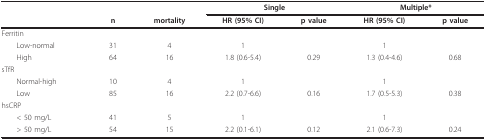
|  |  |  | <COLSPAN=2> Single | <COLSPAN=2> Multiple* |
 |  | n | mortality | HR (95% CI) | p value | HR (95% CI) | p value |
 | --- | --- | --- | --- | --- | --- | --- |
 | Ferritin |  |  |  |  |  |  |
 | Low-normal | 31 | 4 | 1 |  | 1 |  |
 | High | 64 | 16 | 1.8 (0.6-5.4) | 0.29 | 1.3 (0.4-4.6) | 0.68 |
 | sTfR |  |  |  |  |  |  |
 | Normal-high | 10 | 4 | 1 |  | 1 |  |
 | Low | 85 | 16 | 2.2 (0.7-6.6) | 0.16 | 1.7 (0.5-5.3) | 0.38 |
 | hsCRP |  |  |  |  |  |  |
 | < 50 mg/L | 41 | 5 | 1 |  | 1 |  |
 | > 50 mg/L | 54 | 15 | 2.2 (0.1-6.1) | 0.12 | 2.1 (0.6-7.3) | 0.24 |